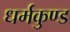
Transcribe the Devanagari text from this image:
धर्मकुण्ड